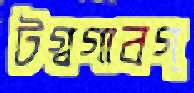
টগ্‌বগাবগ্‌